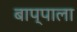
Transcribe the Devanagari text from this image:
बाप्पाला